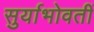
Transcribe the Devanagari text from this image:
सुर्याभोवतीं